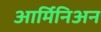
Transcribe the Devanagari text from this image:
आर्मिनिअन